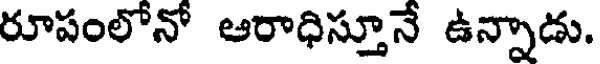
రూపంలోనో ఆరాధిస్తూనే ఉన్నాడు.